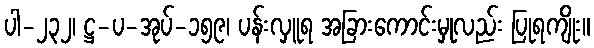
ပါ-၂၃၂၊ ဋ္ဌ-ပ-အုပ်-၁၅၉၊ ပန်းလှူရ အခြားကောင်းမှုလည်း ပြုရကျိုး။